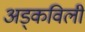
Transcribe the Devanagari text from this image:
अड्कविली